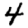
Digit: 4